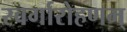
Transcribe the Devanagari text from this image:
स्वर्गारोहणम्